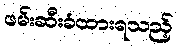
ဖမ်းဆီးခံထားရသည့်